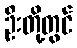
ဦးတို့တွင်